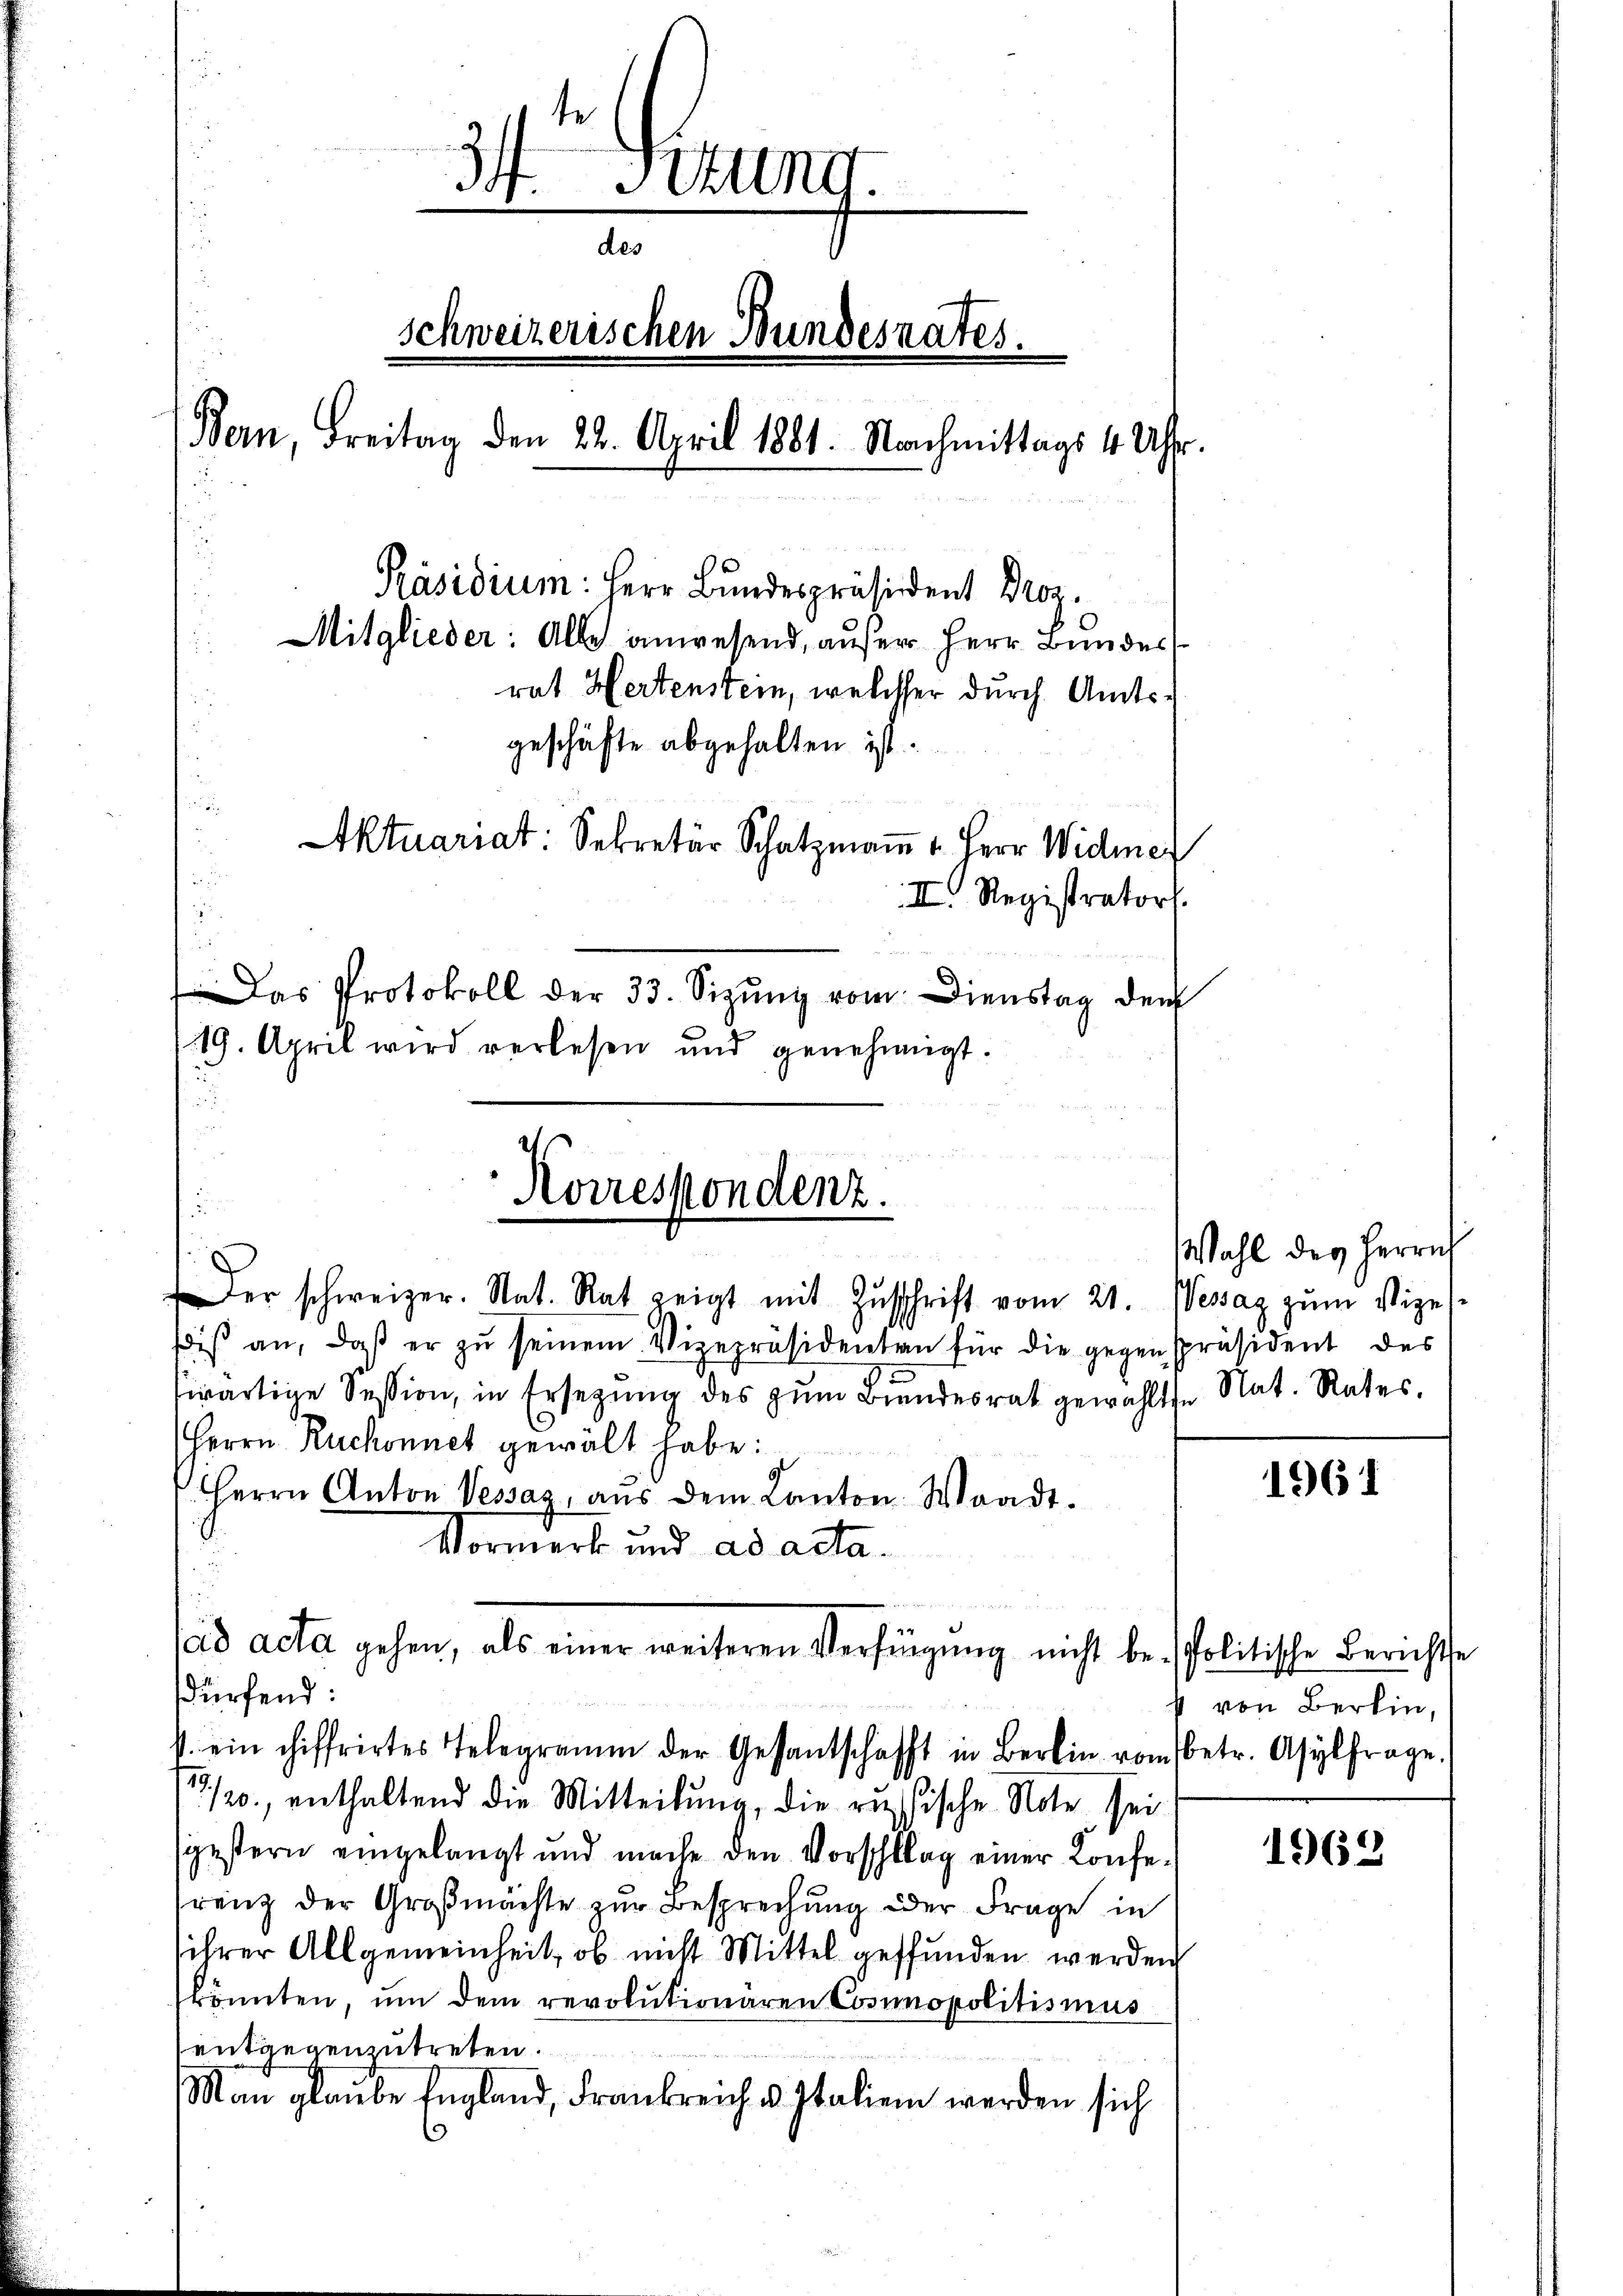
Fuung.
des
schweizerischen Bundesrates.
Bern, Freitag den 22. April 1881. Nachmittags 4 Uhr.
Präsidium: Herr Bundespräsident Droz.
Mitglieder: Alle anwesend, anser Herr Bundes
rat Hertenstein, welcher durch Amtsgeschäfte abgehalten ist.
Aktuariat: Sekretär Schatzmaṅ u. Herr Widmer
II Registrators.
n
Das Protokoll der 33. Sizŭng vom Dienstag der
19. April wird verlesen und genehmigt.
3

Korrespondenz.
.

Der schweizer. Stat. Rat zeigt mit Zŭschrift vom 21. Wessaz zum Vizesdis an, daß er zŭ seinem Vizepräsidenten für die gegen präsident des
twärtige Session, in Ersegŭng des zŭm Bŭndesrat gewählte Nat. Rates,
Herrn Ruchonnet gewält habe:
Herrn Anton Vessaz, aŭs dem Canton Waadt.
Vormerk und ad acta¬
u
dürfend:
/20. enthaltend die Mitteilŭng, die russische Note sei
gestern eingelangt und mache den Vorschlag einer Konfe-
renz der Großmächte zur Besprechung der Frage in
ihrer Allgemeinheit, ob nicht Mittel gefunden werden
könnten, um dem revolutionären Cosunopolitismus
entgegenzutreten.
Man glaube England, Frankreich u. Italien werden sich
s

ad acta gehen, als einer weiteren Verfügung nicht be-Politische Berichte
v. ein chiffrirtes Telegramm der Gesantschafft in Berlin vom betr. Asylfrage.

Wahl des Herrn

1961

von Berlin,

1963